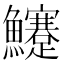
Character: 𩽜